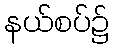
နယ်စပ်၌